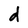
Character: d